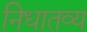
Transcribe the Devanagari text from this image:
निधातव्य